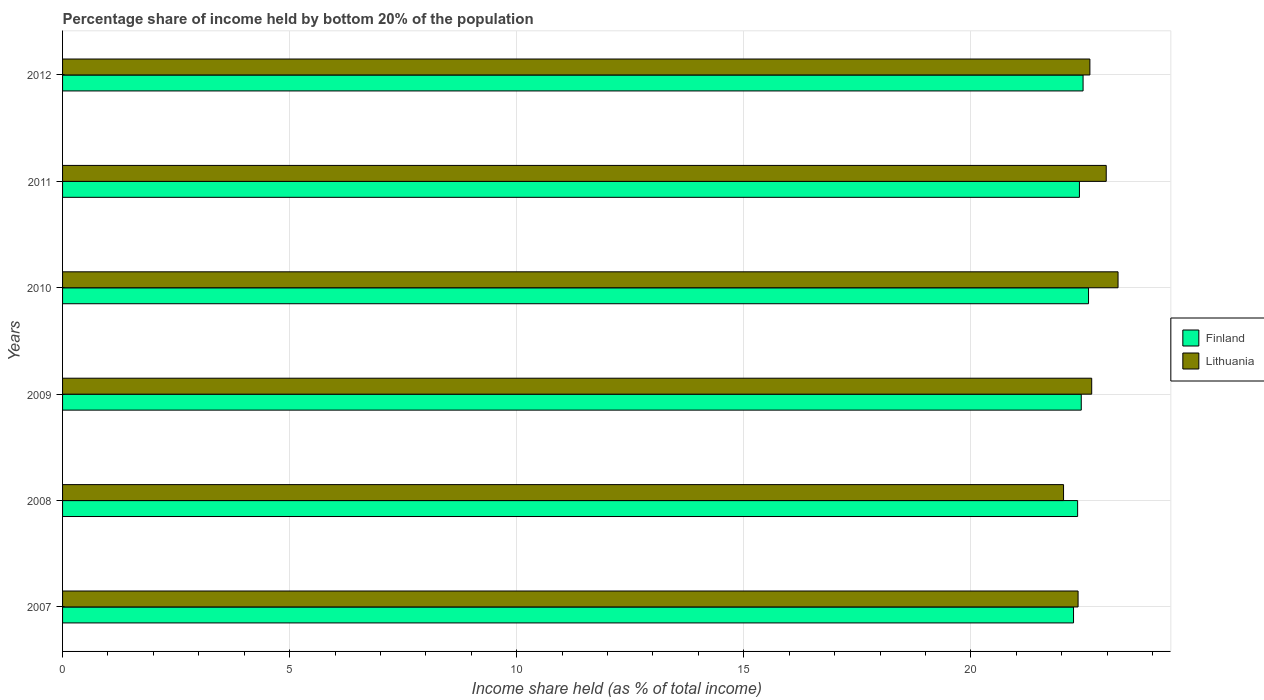
| Years | Finland | Lithuania |
 | --- | --- | --- |
 | 2007 | 22.3 | 22.4 |
 | 2008 | 22.4 | 22 |
 | 2009 | 22.4 | 22.7 |
 | 2010 | 22.6 | 23.2 |
 | 2011 | 22.4 | 23 |
 | 2012 | 22.5 | 22.6 |